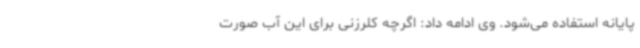
پایانه استفاده می‌شود. وی ادامه داد: اگرچه کلرزنی برای این آب صورت